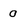
Character: 0